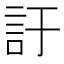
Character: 訏